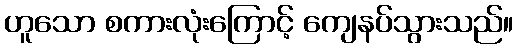
ဟူသော စကားလုံးကြောင့် ကျေနပ်သွားသည်။